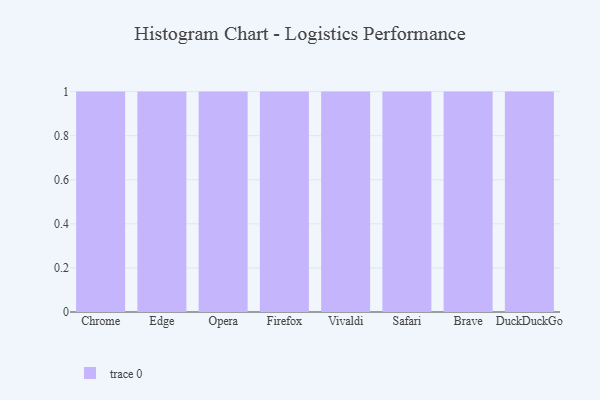
{"axis": {"x": "Browser", "y": "Temperature (°C)"}, "legend": [""], "data": [{"x": "Chrome", "y": 98, "type": ""}, {"x": "Edge", "y": 12, "type": ""}, {"x": "Opera", "y": 94, "type": ""}, {"x": "Firefox", "y": 29, "type": ""}, {"x": "Vivaldi", "y": 23, "type": ""}, {"x": "Safari", "y": 81, "type": ""}, {"x": "Brave", "y": 26, "type": ""}, {"x": "DuckDuckGo", "y": 29, "type": ""}]}